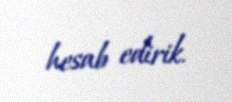
hesab edirik.